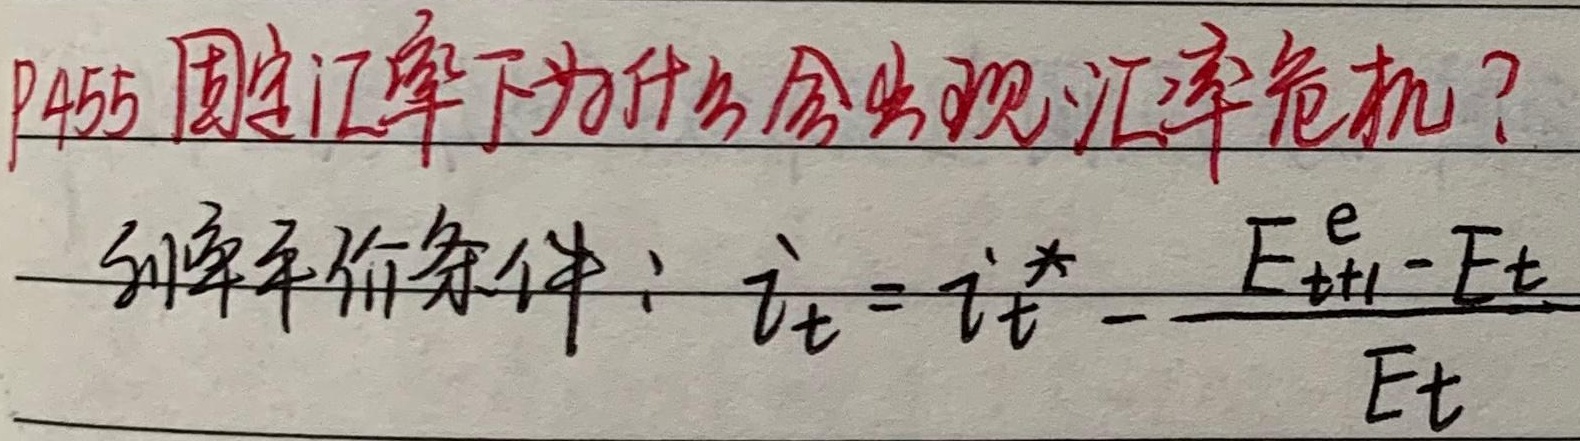
P455固定汇率下为什么会出现汇率危机？利率平价条件：\(i_t=i_t^*-\frac{E_{t+1}^e-E_t}{E_t}\)